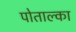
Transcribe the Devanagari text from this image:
पोताल्का